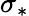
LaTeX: \sigma_{*}